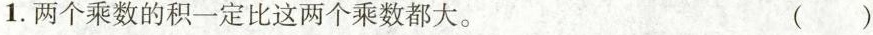
1.两个乘数的积一定比这两个乘数都大。 ( )